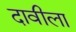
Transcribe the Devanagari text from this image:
दावीला